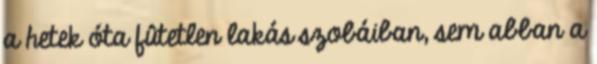
a hetek óta fûtetlen lakás szobáiban, sem abban a